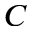
C